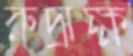
রুদ্রাক্ষ